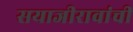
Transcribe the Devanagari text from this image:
सयाजीरावांची